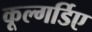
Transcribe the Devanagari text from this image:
कूल्गर्डिए